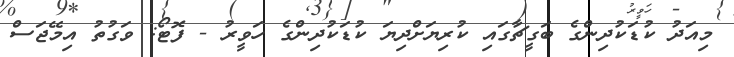
މިއަދު ކުޑަކުދިންގެ ބަގީޗާގައި ކުރިޔަށްދިޔަ ކުޑަކުދިންގެ ހަވީރު - ފޮޓޯ: ވަގުތު އިމޭޖަސް